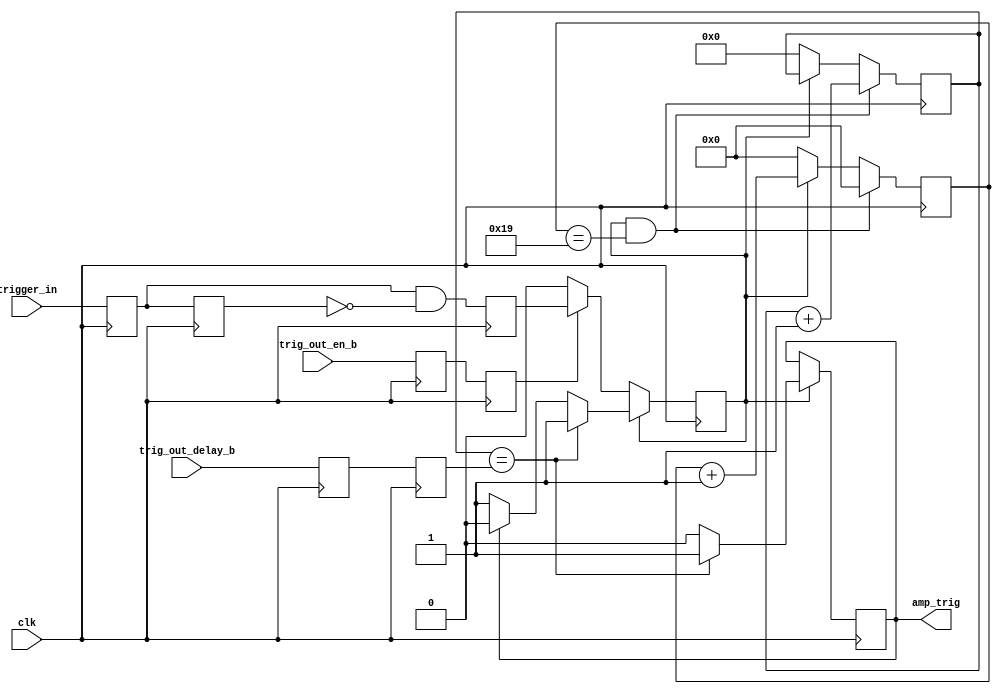
module AmpTrig2(
    input clk,
    input trigger_in,
	 input trig_out_en_b,
	 input [6:0] trig_out_delay_b,
    output reg amp_trig = 1'b0
    );
parameter TRIG_BLK_SIZE = 5'd26; 
reg trigger_a = 1'b0, trigger_b = 1'b0, trigd = 1'b0, trig_out_en = 1'b0, trig_out_en_a = 1'b0;
reg trig_reg = 1'b0;
reg [6:0] trig_out_delay = 7'd0, trig_out_delay_a = 7'd0;
reg [6:0] trig_mstr_ctr = 7'd0;
reg [4:0] trig_blk_ctr = 5'd0;
always @(posedge clk) begin
	trigger_a <= trigger_in;
	trigger_b <= trigger_a;
	trig_out_en <= trig_out_en_a;
	trig_out_en_a <= trig_out_en_b;
	trig_out_delay <= trig_out_delay_a;
	trig_out_delay_a <= trig_out_delay_b;
	trig_reg <= trigger_a & ~trigger_b;
	if (~trigd) begin
		trigd <= (trig_out_en) ? trig_reg : trigd; 
		amp_trig <= amp_trig;
	end else if (trig_mstr_ctr == trig_out_delay) begin
		amp_trig <= 1'b1;
		trigd <= trigd;
	end else if (amp_trig) begin
		amp_trig <= 1'b0;
		trigd <= 1'b0;
	end else begin
		amp_trig <= amp_trig;
		trigd <= trigd;
	end
	if (trigd && (trig_blk_ctr==TRIG_BLK_SIZE-1)) begin
		trig_mstr_ctr <= trig_mstr_ctr + 1'b1;
		trig_blk_ctr <= 5'd0;
		end
	else if (trigd) begin
		trig_mstr_ctr <= trig_mstr_ctr;
		trig_blk_ctr <= trig_blk_ctr + 1'b1;
		end
	else begin
		trig_mstr_ctr <= 7'd0;
		trig_blk_ctr <= 5'd0;
		end
	end
endmodule